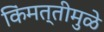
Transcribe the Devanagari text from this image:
किंमत्तीमुळे